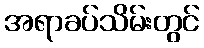
အရာခပ်သိမ်းတွင်